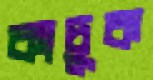
কাচুক